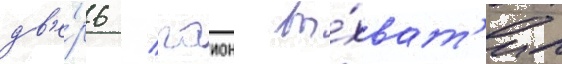
дв'е́рь / гаион вы́хват'ил